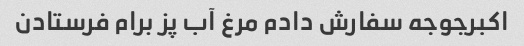
اکبرجوجه سفارش دادم مرغ آب پز برام فرستادن